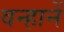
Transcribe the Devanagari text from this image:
वन्हानें